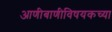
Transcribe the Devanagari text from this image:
आणीबाणीविषयकच्या